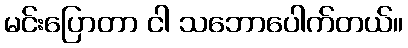
မင်းပြောတာ ငါ သဘောပေါက်တယ်။